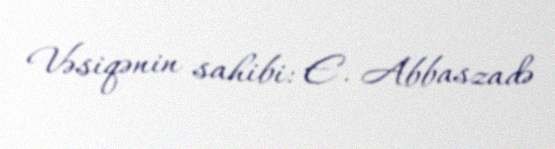
Vəsiqənin sahibi: E. Abbaszadə